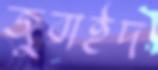
জুবাইদ